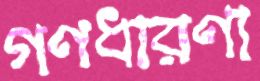
গণধারণা